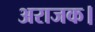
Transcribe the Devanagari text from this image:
अराजक।